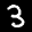
Label: 3